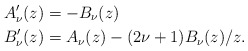
\begin{align*}A'_\nu(z)&=-B_\nu(z) \\ B'_\nu(z)&=A_\nu(z)-(2\nu+1)B_\nu(z)/z.\end{align*}